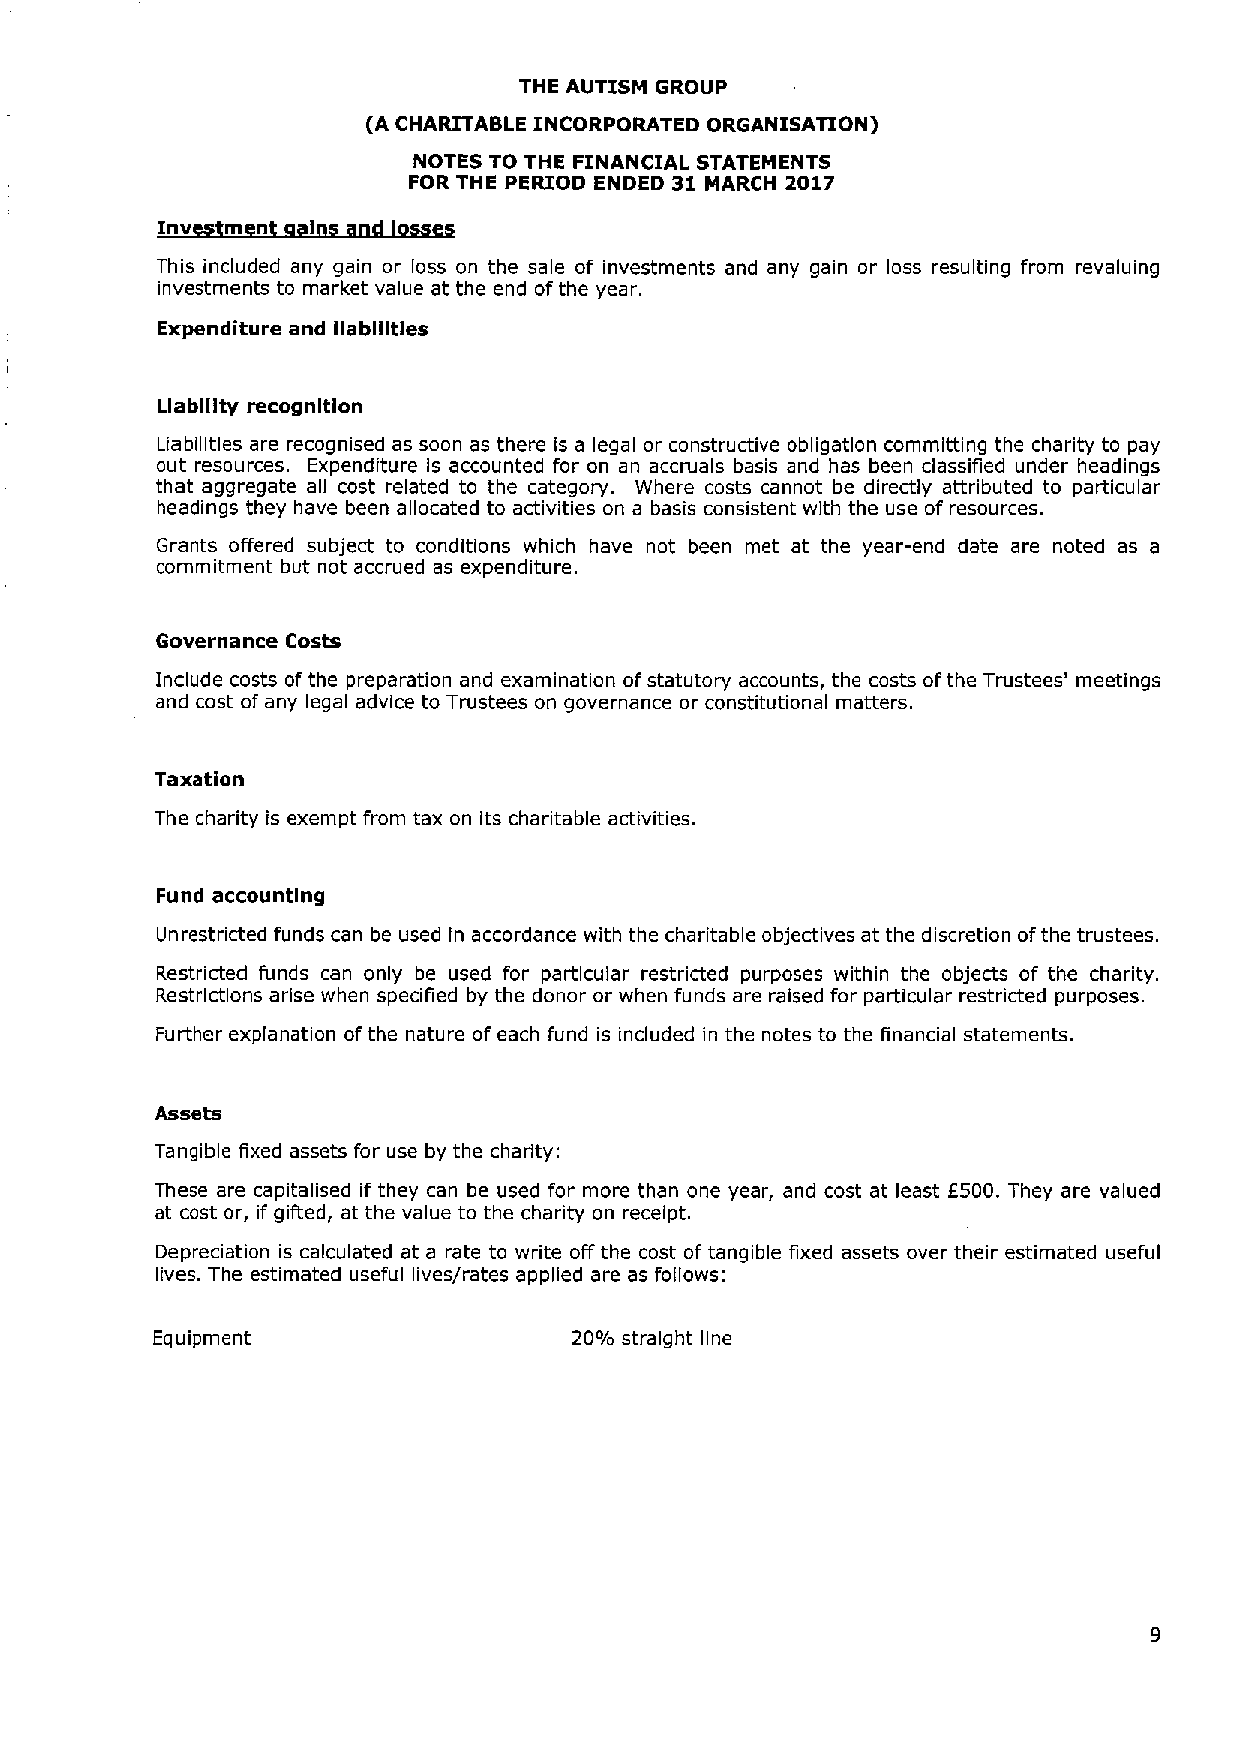
THE AUTISM GROUP
 (A CHARITABLE INCORPORATED ORGANISATION)
 NOTES TO THE FINANCIAL STATEMENTS
 FOR THE PERIOD ENDED 31 MARCH 2017
 nv  mn    I
 This included any gain or loss on the sale of investments and any gain or loss resulting from revaluing
 investments to market value at the end ofthe year.
 Expenditure and liabilities
 Liability recognltlon
 Liabilities are recognised as soon as there is a legal or constructive obligation committing the charity to pay
 out resources. Expenditure Is accounted for on an accruals basis and has been classified under headings
 that aggregate all cost related to the category. Where costs cannot be directly attributed to particular
 headings they have been allocated to activities on a basis consistent with the use of resources.
 Grants offered subject to conditions which have not been met at the year-end date are noted as a
 commitment but not accrued as expenditure.
 Governance Costs
 Include costs of the preparation and examination ofstatutory accounts, the costs ofthe Trustees' meetings
 and cost of any legal advice to Trustees on governance or constitutional matters.
 Taxation
 The charity is exempt from tax on its charitable activities.
 Fund accounting
 Unrestricted funds can be used In accordance with the charitable objectives at the discretion ofthe trustees.
 Restricted funds can only be used for particular restricted purposes within the objects of the charity.
 Restrictions arise when specified by the donor or when funds are raised for particular restricted purposes.
 Further explanation ofthe nature of each fund is included in the notes to the financial statements.
 Assets
 Tangible fixed assets for use by the charity:
 These are capitalised if they can be used for more than one year, and cost at least f500. They are valued
 at cost or, if gifted, at the value to the charity on receipt.
 Depreciation is calculated at a rate to write off the cost of tangible fixed assets over their estimated useful
 lives. The estimated useful lives/rates applied are as follows:
 Equipment                   20'lo straight line